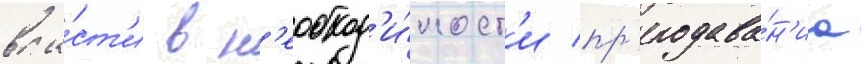
вла́ст'и в н'еобход'и́мост'и пр'еподава́н'иа